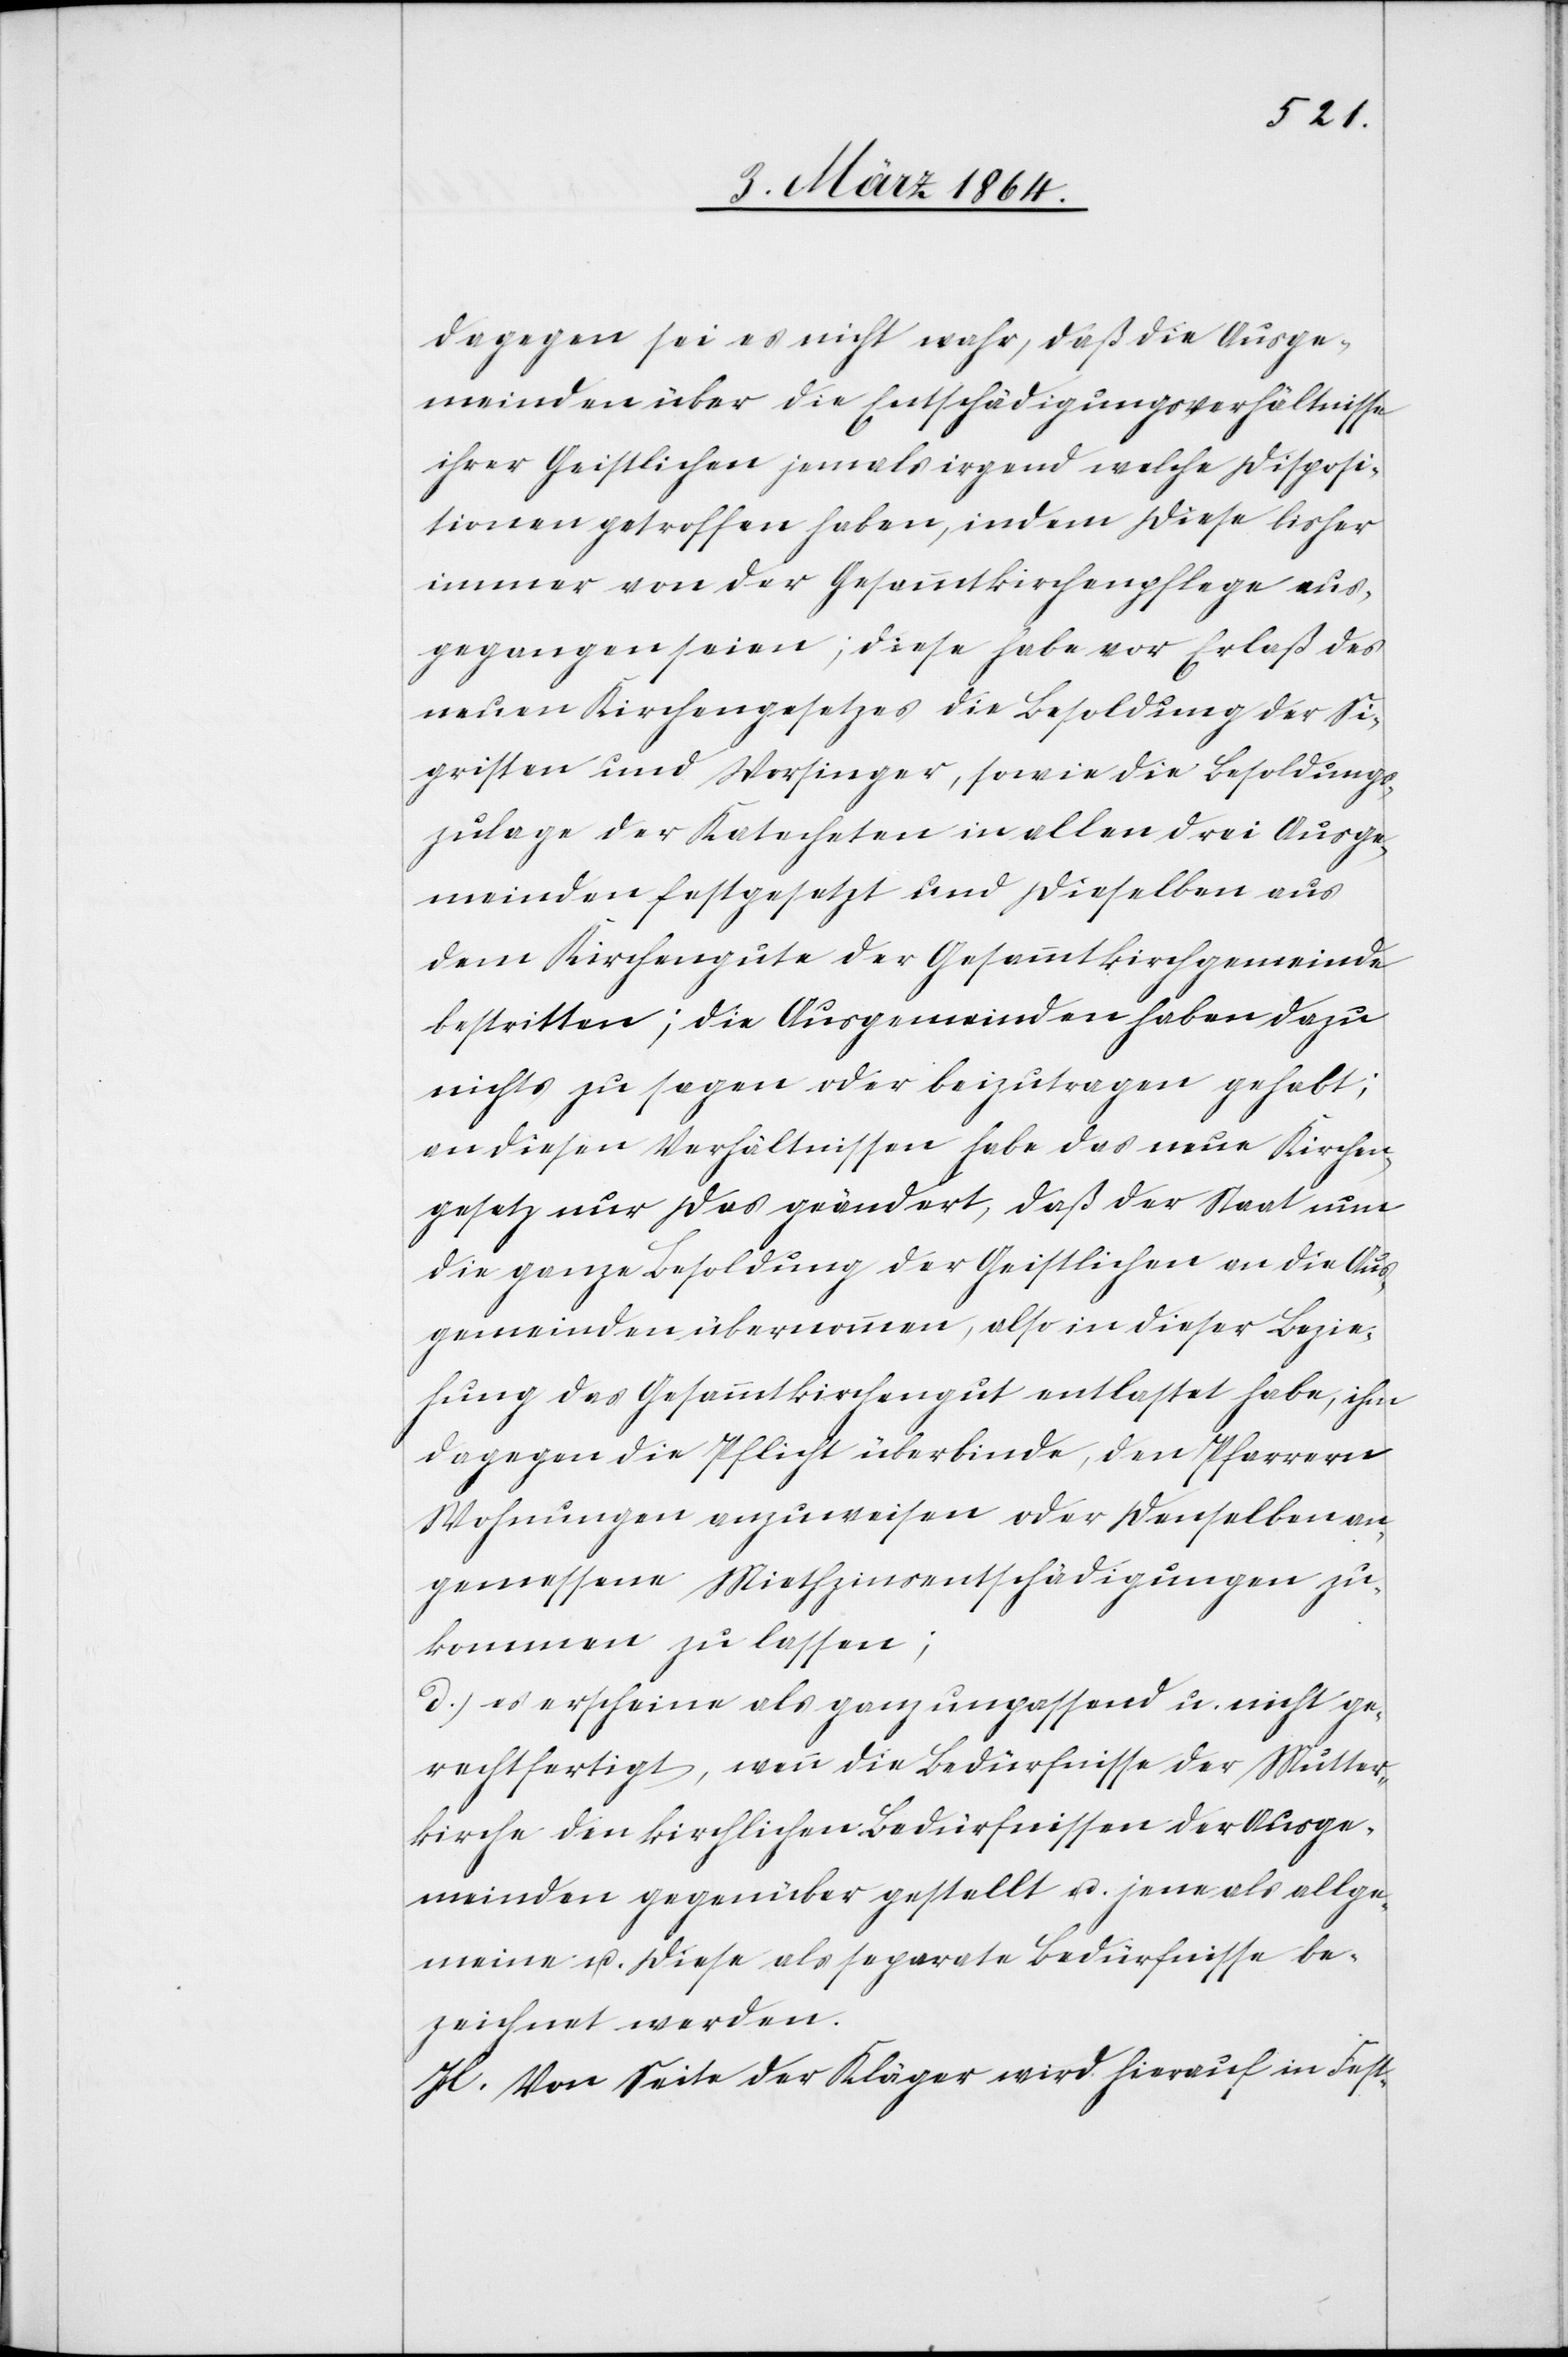
dagegen sei es nicht wahr, daß die Ausge¬
meinden über die Entschädigungsverhältnisse
ihrer Geistlichen jemals irgend welche Disposi¬
tionen getroffen haben, indem diese bisher
immer von der Gesammtkirchenpflege aus¬
gegangen seien; diese habe vor Erlaß des
neuen Kirchengesetzes die Besoldung der Si¬
gristen und Vorsinger, sowie die Besoldungs¬
zulage der Katecheten in allen drei Ausge¬
meinden festgesetzt und dieselben aus
dem Kirchengute der Gesammtkirchgemeinde
bestritten; die Ausgemeinden haben dazu
nichts zu sagen oder beizutragen gehabt;
an diesen Verhältnissen habe das neue Kirchen¬
gesetz nur das geändert, daß der Staat nun
die ganze Besoldung der Geistlichen an die Aus¬
gemeinden übernommen, also in dieser Bezie¬
hung das Gesammtkirchengut entlastet habe, ihm
dagegen die Pflicht überbinde, den Pfarrern
Wohnungen auszuweisen oder denselben an¬
gemessene Miethzinsentschädigungen zu¬
kommen zu lassen;
d.) es erscheine als ganz unpassend u. nicht ge¬
rechtfertigt, wenn die Bedürfnisse der Mutter¬
kirche den kirchlichen Bedürfnissen der Ausge¬
meinden gegenüber gestellt u. jene als allge¬
meine u. diese als separate Bedürfnisse be¬
zeichnet werden.
H. Von Seite der Kläger wird hierauf in Fest-